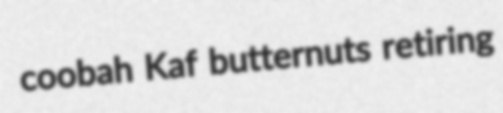
coobah Kaf butternuts retiring